Tartu_linna_vaeslastekohus, lk 23
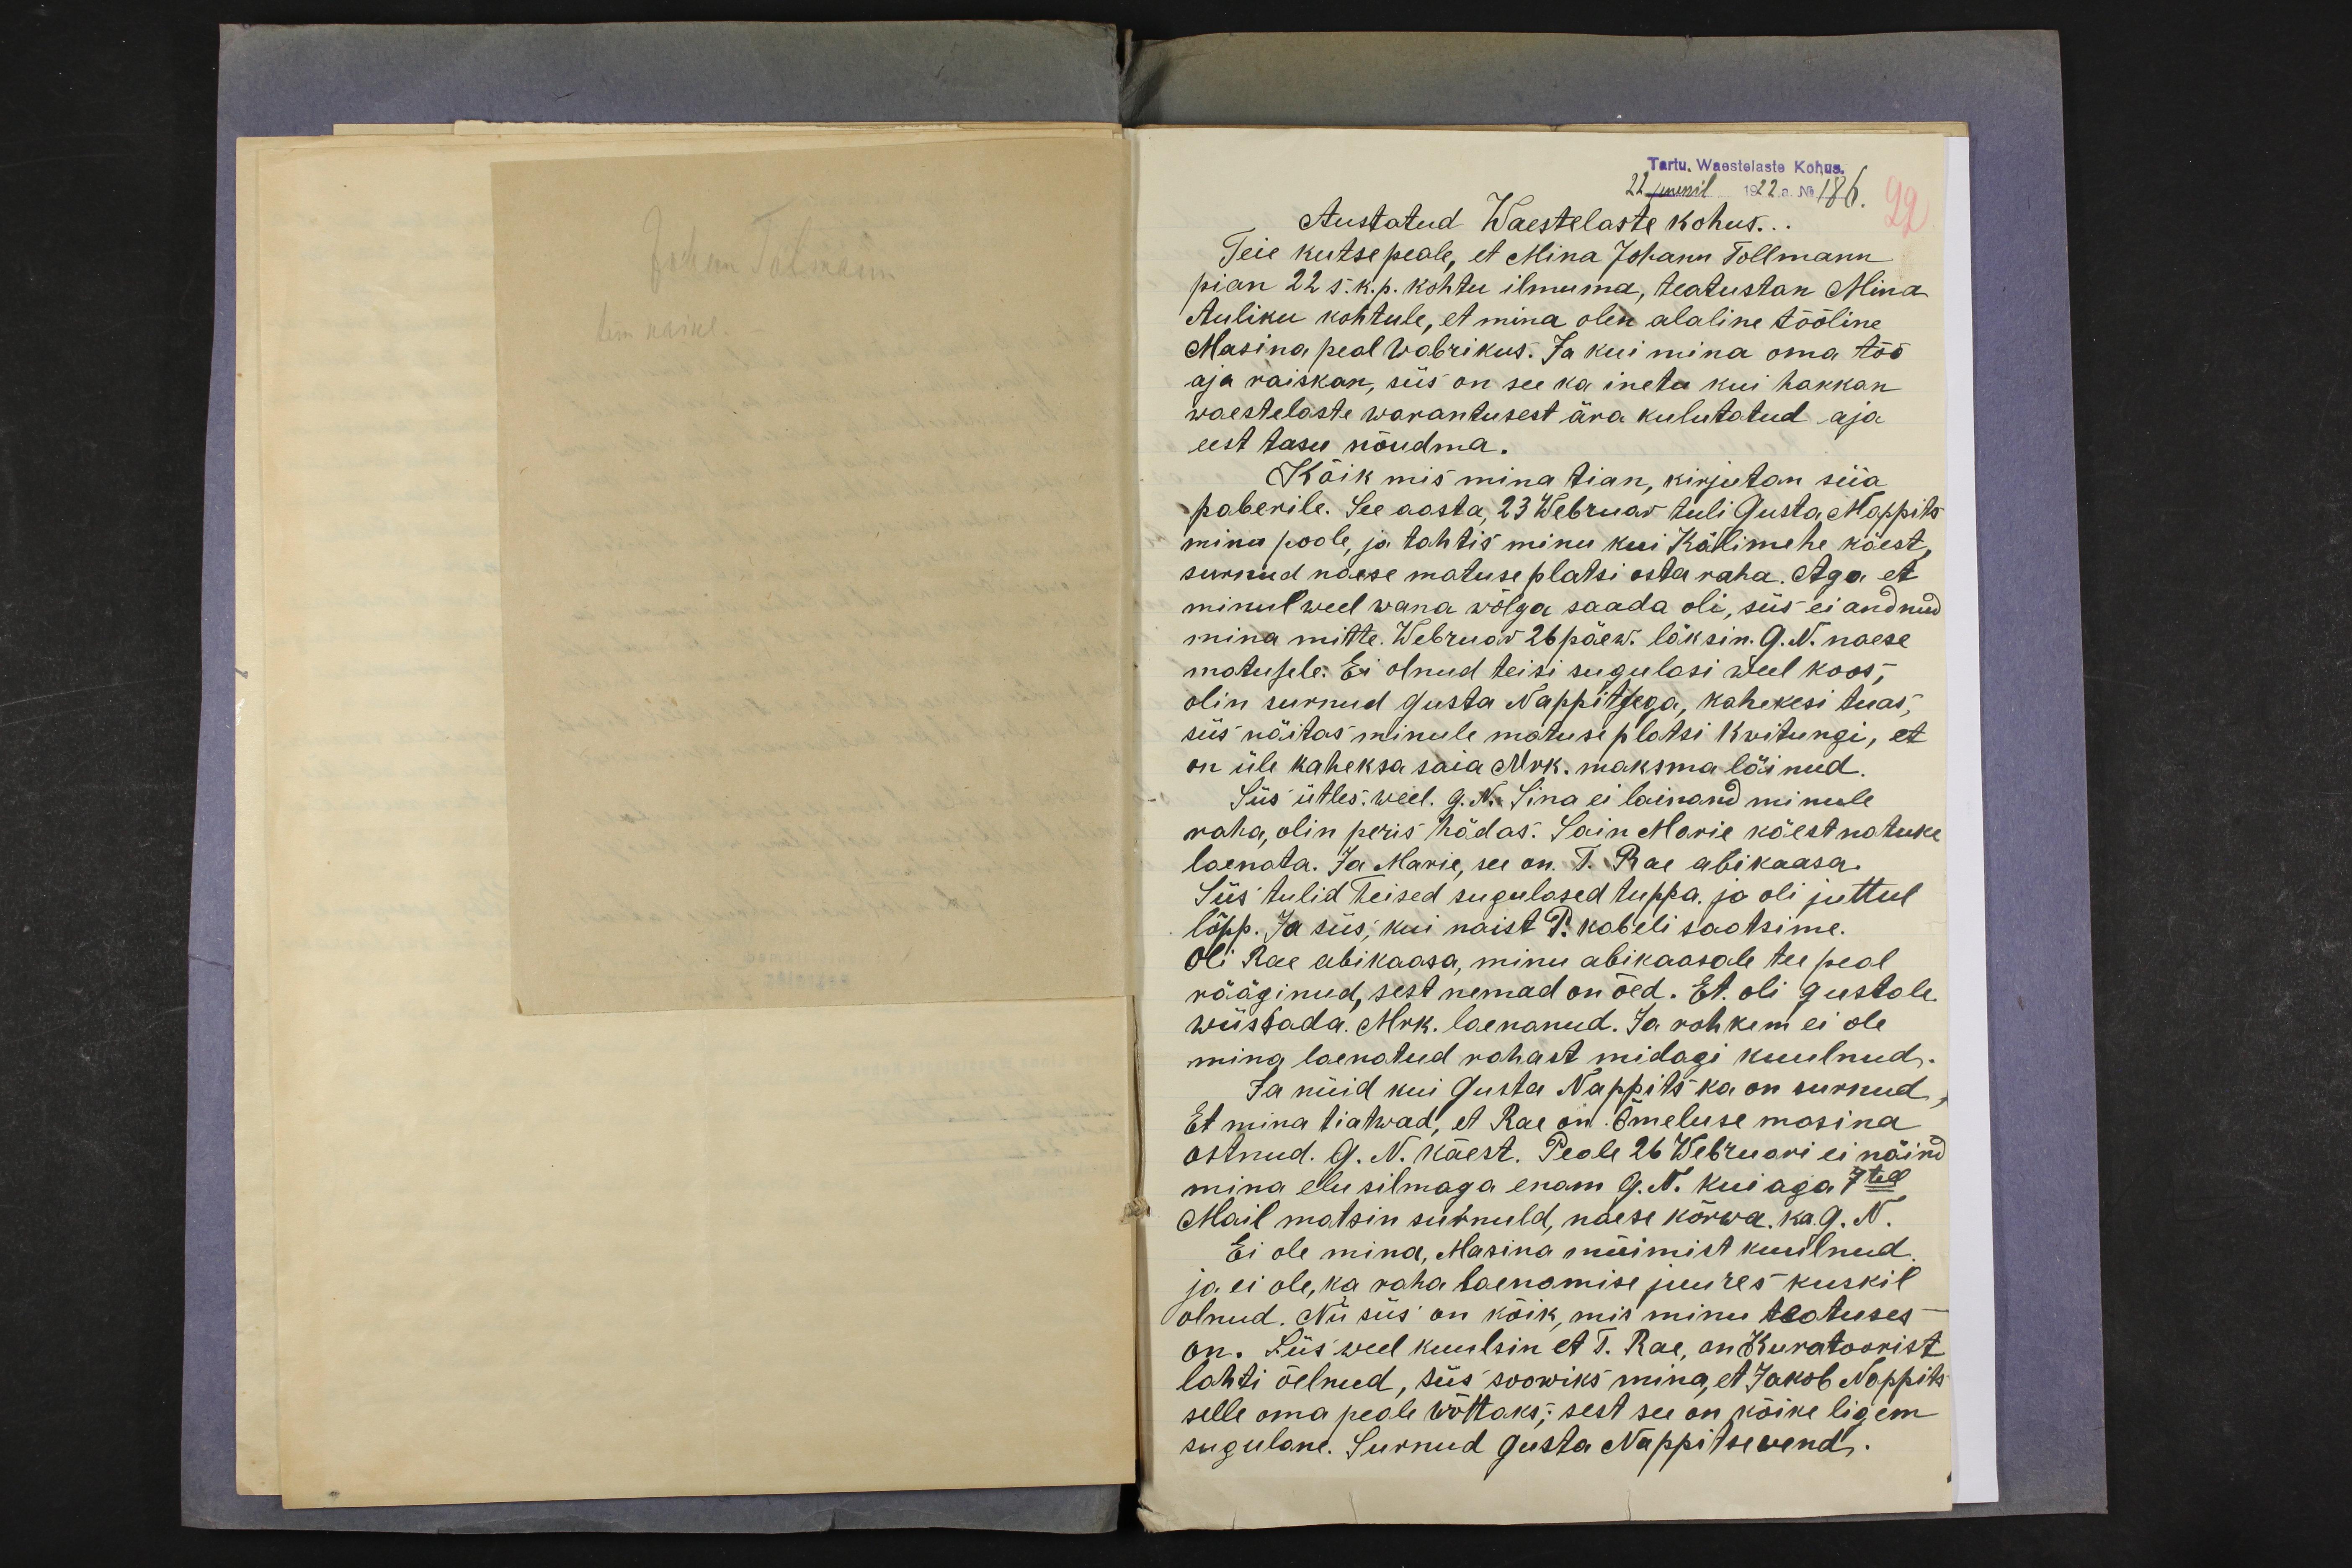
Tartu. Waestelaste Kohus.
22 juunil 1922 a. No 186.
Austatud Waestelaste kohus...
Teie kutse peale, et Mina Johann Tollmann
pian 22 s. k. p. kohtu ilmuma, teatustan Mina
Auliku kohtule, et mina olen alaline tööline
Masina peal wabrikus. Ja kui mina oma töö
aja raiskan, siis on see ka inetu kui hakkan
waestelaste warantusest ära kulutatud aja
eest tasu nõudma.
Kõik mis mina tian, kirjutan siia
paberile. See aasta, 23 Webruar tuli Gusta Nappits
minu poole, ja tahtis minu kui Kälimehe käest,
surnud naese matuse platsi osta raha. Aga et
minul weel wana wõlga saada oli, siis ei andnud
mina mitte. Webruar 26 päew. läksin. G. N. naese
matusele. Ei olnud teisi sugulasi weel koos,
olin surnud Gusta Nappitsega, kahekesi tuas,
siis näitas minule matuse platsi Kwitungi, et
on üle kaheksa saia Mrk. maksma läinud.
Siis ütles. weel. G. N. Sina ei lainand minule
raha, olin peris hädas. Sain Marie käest natuke
laenata. Ja Marie, see on. T. Rae abikaasa.
Siis tulid Teised sugulased tuppa. ja oli juttul
lõpp. Ja siis, kui naist P. kabeli saatsime.
Oli Rae abikaasa, minu abikaasale tee peal
rääginud, sest nemad on õed. Et. oli Gustale.
wiissada. Mrk. laenanud. Ja rohkem ei ole
mina laenatud rahast midagi kuulnud.
Ja nüid kui Gusta Nappits ka on surnud,
Et mina tiatwad, et Rae on. Õmeluse masina
ostnud. G. N. käest. Peale 26 Webruari ei näind
mina elu silmaga enam G. N. kui aga 7tell
Mail matsin surnuld, naese kõrwa. ka. 9. N.
Ei ole mina, Masina müimist kuulnud.
ja ei ole, ka raha laenamise juures kuskil
olnud. Nii siis on kõik, mis minu teatuses
on. Siis weel kuulsin et T. Rae, on Kuratoorist
lahti öelnud, siis soowiks mina, et Jakob Nappits
selle oma peale wõttaks; sest see on kõike ligem
sugulane. Surnud Gusta Nappitse wend.